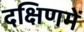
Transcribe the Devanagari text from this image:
दक्षिणमें